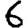
Digit: 6